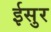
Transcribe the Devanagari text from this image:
ईसुर